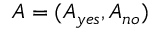
A = ( A _ { y e s } , A _ { n o } )